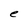
Character: e